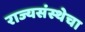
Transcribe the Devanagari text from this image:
राज्यसंस्थेचा